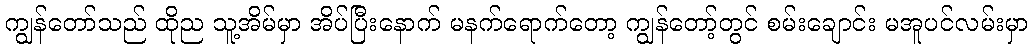
ကျွန်တော်သည် ထိုည သူ့အိမ်မှာ အိပ်ပြီးနောက် မနက်ရောက်တော့ ကျွန်တော့်တွင် စမ်းချောင်း မအူပင်လမ်းမှာ